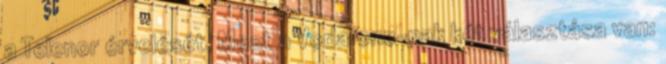
a Telenor érvelését. Most a Vodafone-nak két választása van: